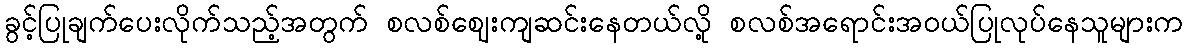
ခွင့်ပြုချက်ပေးလိုက်သည့်အတွက် စလစ်ဈေးကျဆင်းနေတယ်လို့ စလစ်အရောင်းအဝယ်ပြုလုပ်နေသူများက